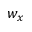
w _ { x }